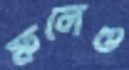
ফলেও